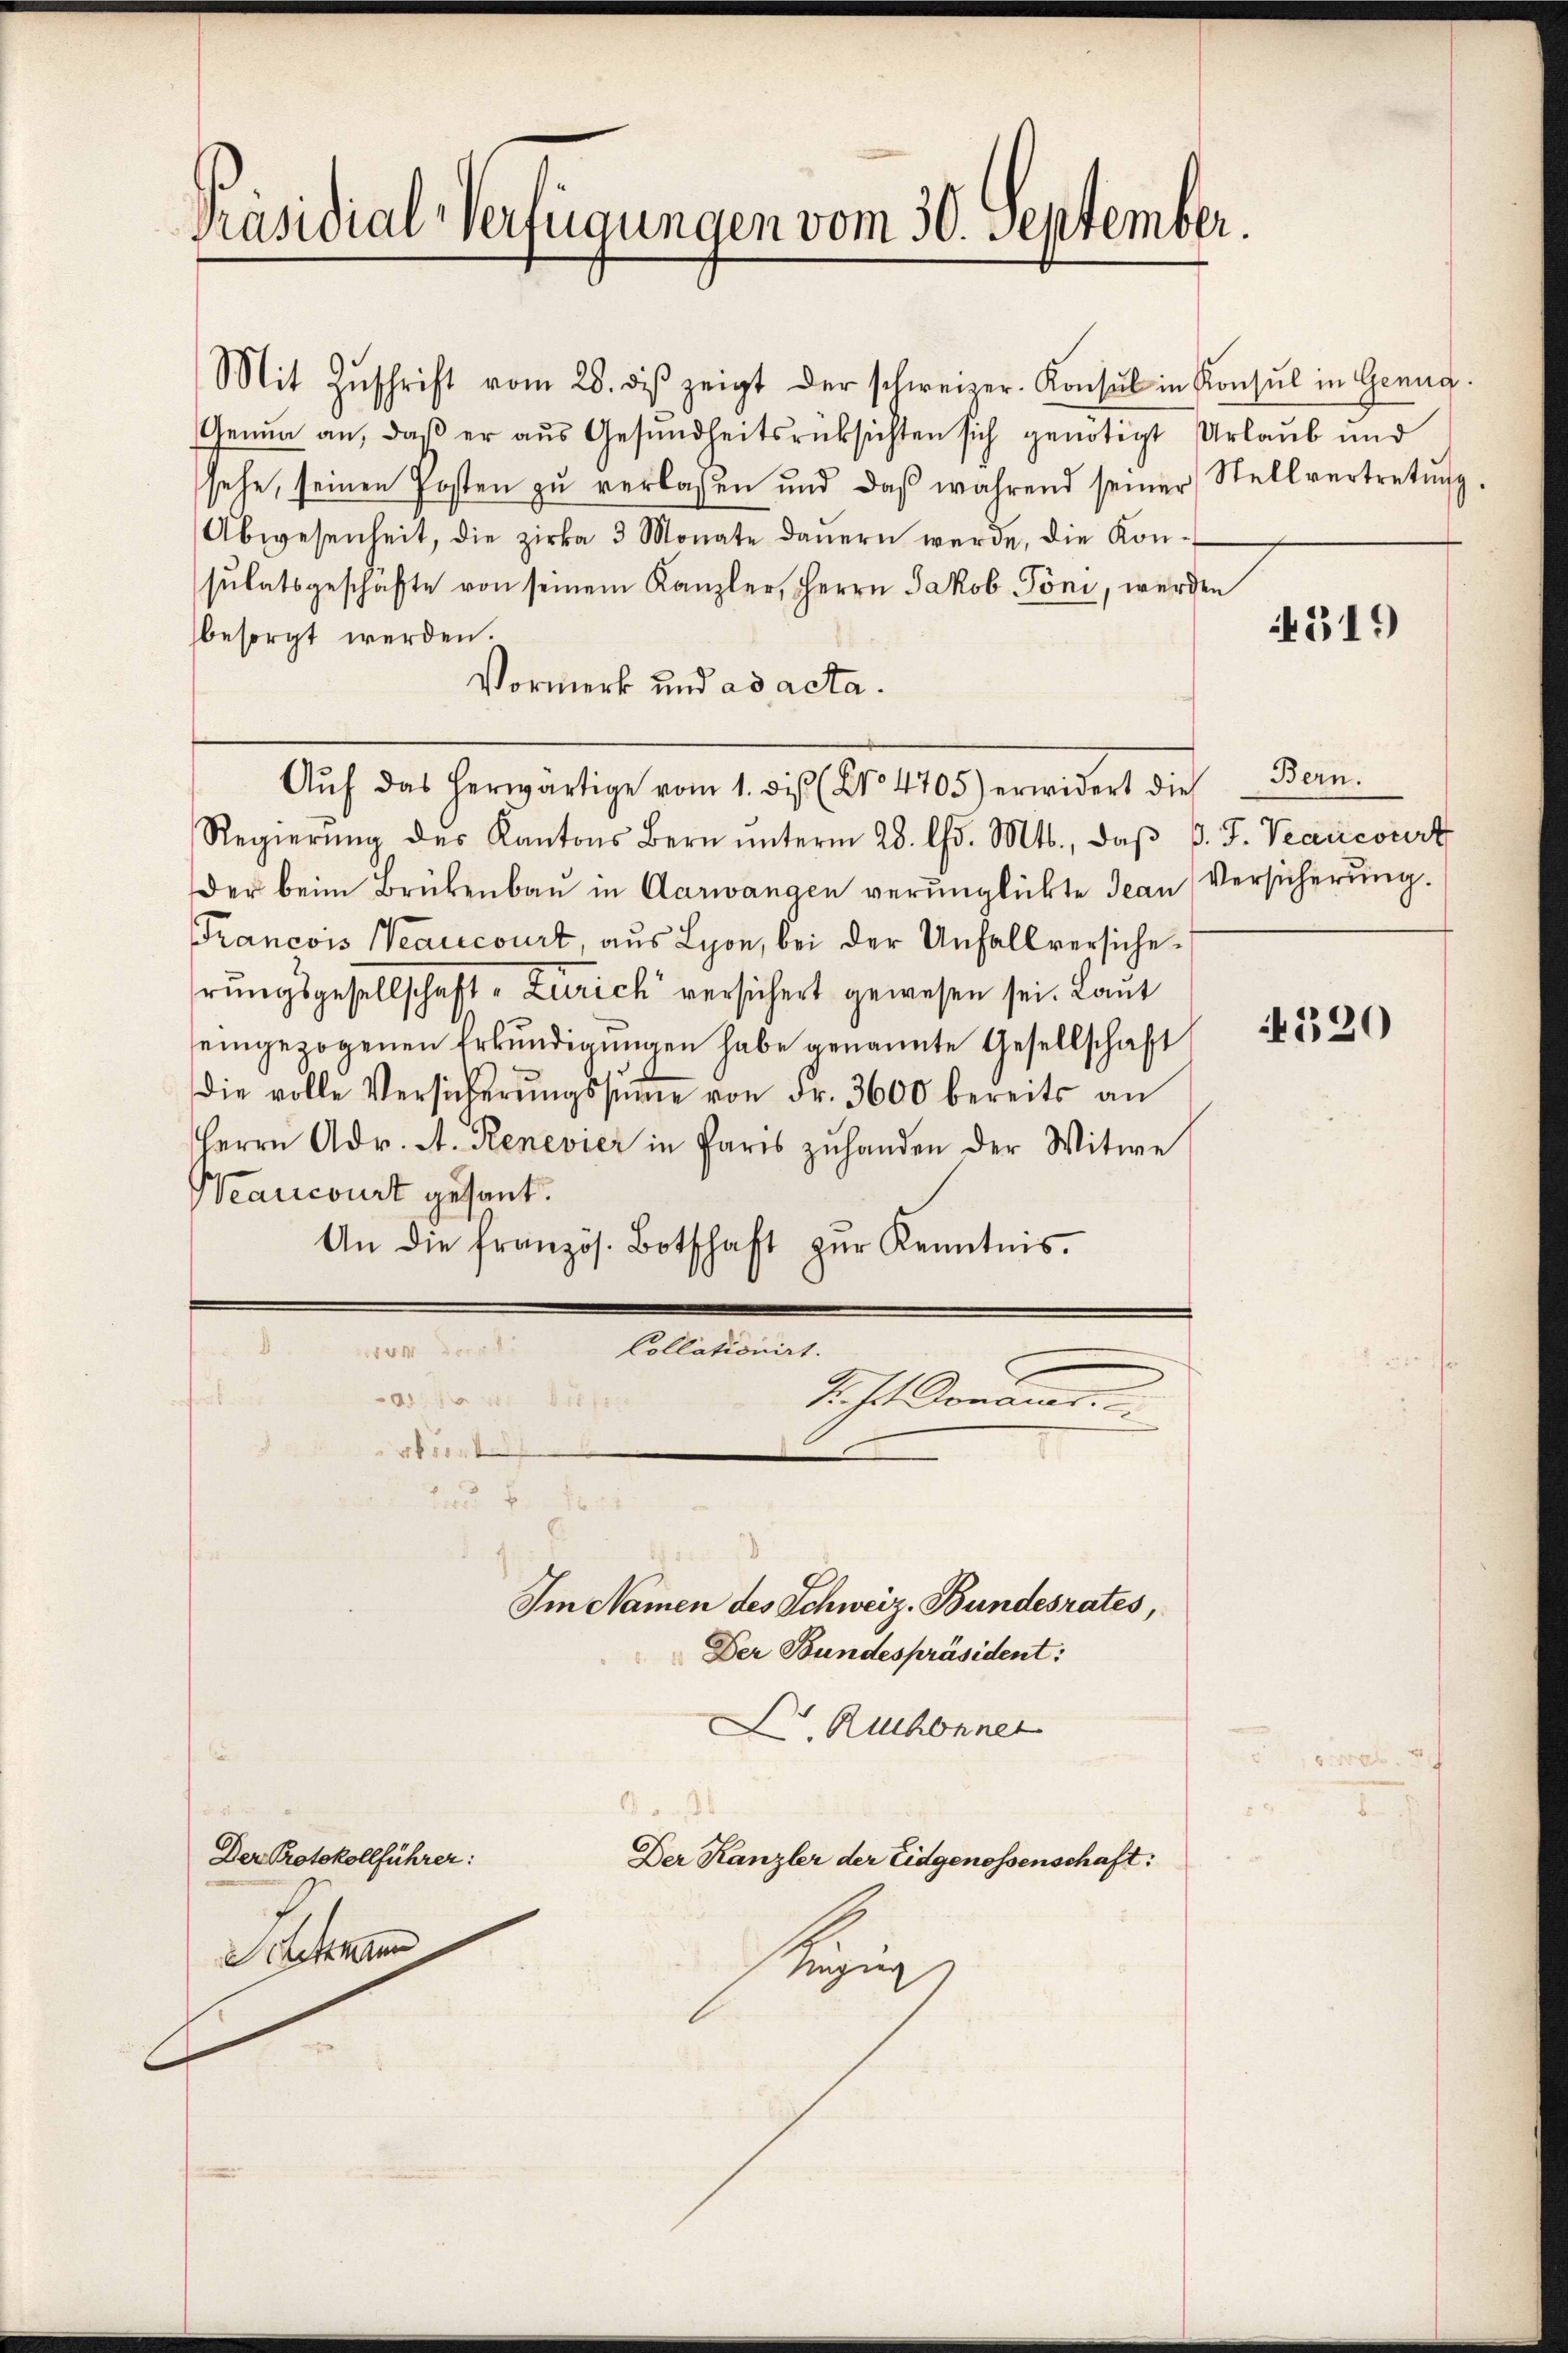
Präsidial-Verfügungen vom 30. September.

Mit Zŭschrift vom 28. dβ zeigt der schweizer. Konsul in Konsul in Genug.
Genua an, daß er aus Gesundheitsrücksichten sich genötigt Urlaub und
sehe, seinen Posten zu verlassen und daß während seiner
Abwesenheit, die zirka 3 Monate daŭern werde, die Kon-
sulatsgeschäfte von seinem Kanzler, Herrn Jakob Pöni, werden
besorgt werden.
Vormerk und ad acta.
Aŭf das herwärtige vom 1. bis (No 4705) erwidert die
Regierŭng des Kantons Bern ŭnterm 28. ds. Mts., daβ P. F. Veancourt
Der beim Brükenbaŭ in Aarwangen verŭnglückte Jean Versicherŭng.
Francois Wearcourt, aus Lyon, bei der Unfallversichehrungsgesellschaft Zürich versichert gewesen sei. Laut
eingezogenen Erkŭndigŭngen habe genannte Gesellschaft 320
die volle Versicherŭngssumme von Fr. 3600 bereits an
Herrn Adr. A. Renevier in Paris zuhanden der Witwe
Weancourt gesant.
An die französ. Botschaft zŭr Kenntnis.
Collationirt.
8
te der
 x die
Siche Armener
rkiert

Der Protokollführer:
Schettmann

1
Im Namen des Schweiz. Bundesrates,
Der Bundespräsident:

D Ruchonnet
6
Der Kanzler der Eidgenossenschaft:
kn

Stellvertretung.

319

Bern.